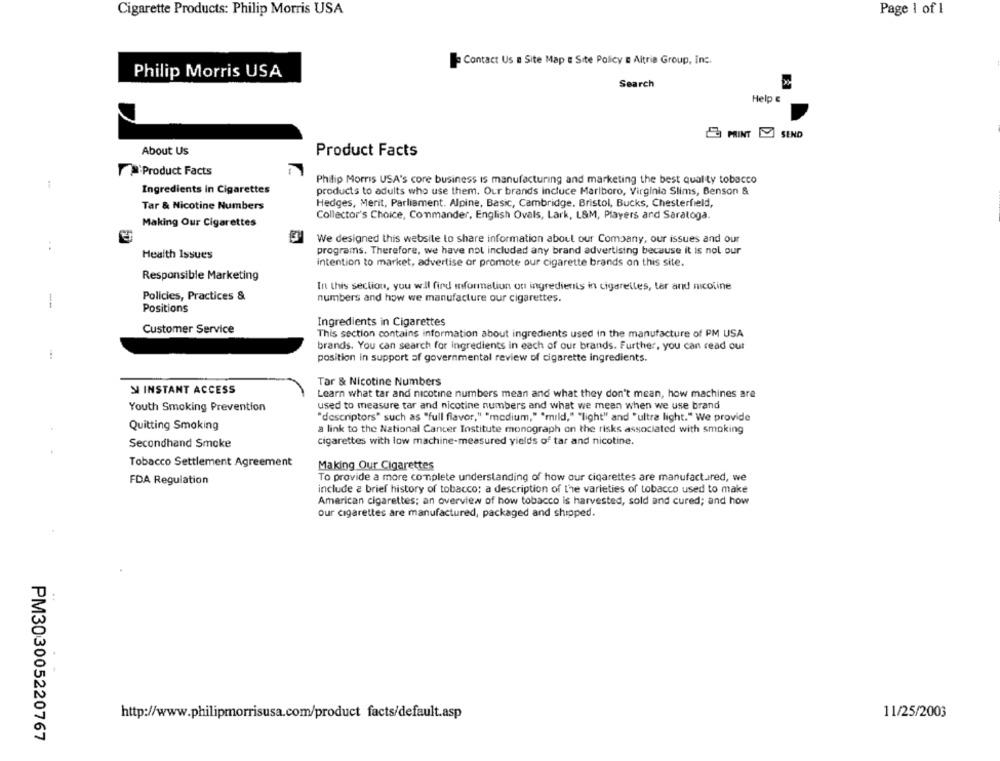
Cigarette Products: Philip Morris USA
Page 1 of 1
Contact Us n Site Map & Site Policy e Altria Group, Inc.
Philip Morris USA
Search
Help &
MINT SEND
About Us
Product Facts
Product Facts
Philip Morris USA's core business is manufacturing and marketing the best quality tobacco
1
Ingredients in Cigarettes
products to adults who use them. Our brands incluce Marlboro, Virginia Slims, Benson &
Tar & Nicotine Numbers
Hedges, Merit, Parliament. Alpine, Basic, Cambridge, Bristol, Bucks, Chesterfield,
Collector's Choice, Commander, English Ovals, Lark, L&M, Players and Saratoga.
Making Our Cigarettes
We designed this website to share information about our Company, our issues and our
programs. Therefore, we have not included any brand advertising because it is nol our
Health Issues
intention to market, advertise or promote our cigarette brands on this site.
Responsible Marketing
In this section, you will find information on ingredients in cigarettes, tar and nicoline
Policies, Practices &
numbers and how we manufacture our cigarettes.
Positions
Ingredients in Cigarettes
Customer Service
This section contains information about ingredients used in the manufacture of PM USA
brands. You can search for ingredients in each of our brands. Further, you can read out
position in support of governmental review of cigarette ingredients.
SI INSTANT ACCESS
Tar & Nicotine Numbers
Learn what tar and nicotine numbers mean and what they don't mean, how machines are
Youth Smoking Prevention
used to measure tar and nicotine numbers and what we mean when we use brand
"descriptors" such as "full flavor," "medium," "mild," "light" and "ultra light." We provide
Quitting Smoking
a link to the National Cancer Institute monograph on the risks associated with smoking
cigarettes with low machine-measured yields of tar and nicotine.
Secondhand Smoke
Tobacco Settlement Agreement
Making Our Cigarettes
FDA Regulation
To provide a more complete understanding of how our cigarettes are manufactured, we
include a brief history of tobacco; a description of the varieties of tobacco used to make
American cigarettes; an overview of how tobacco is harvested, sold and cured; and how
our cigarettes are manufactured, packaged and shipped.
11/25/2003
http://www.philipmorrisusa.com/product facts/default.asp
PM303005220767